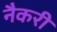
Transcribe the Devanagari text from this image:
नैकरी